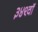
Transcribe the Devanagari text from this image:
३४९वॉ